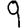
Digit: 9